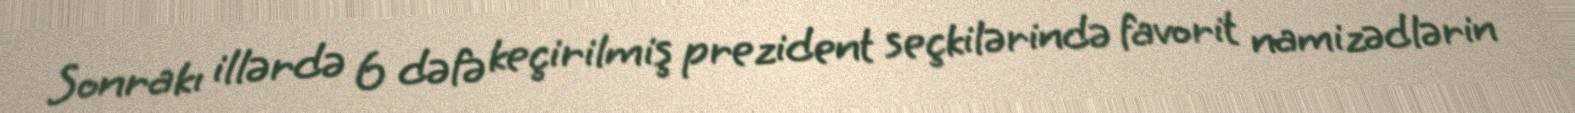
Sonrakı illərdə 6 dəfə keçirilmiş prezident seçkilərində favorit namizədlərin